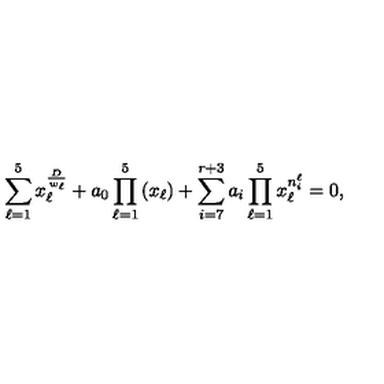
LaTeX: \sum _ { \ell = 1 } ^ { 5 } x _ { \ell } ^ { \frac { D } { w _ { \ell } } } + a _ { 0 } \prod _ { \ell = 1 } ^ { 5 } \left( x _ { \ell } \right) + \sum _ { i = 7 } ^ { r + 3 } a _ { i } \prod _ { \ell = 1 } ^ { 5 } x _ { \ell } ^ { n _ { i } ^ { \ell } } = 0 ,